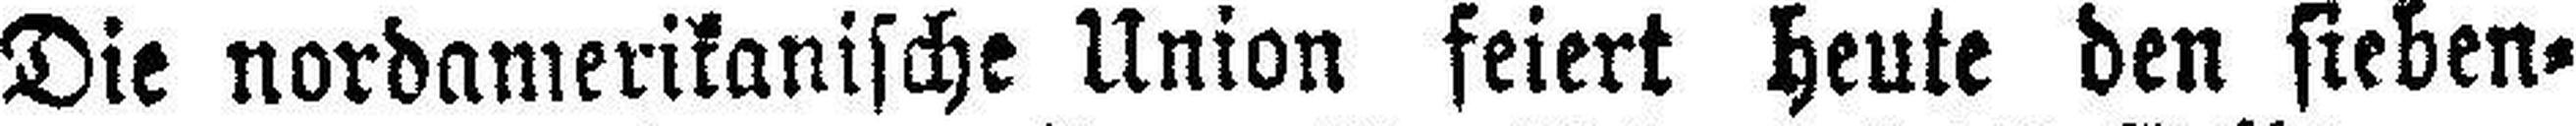
Die nordamerikanische Union feiert heute den sieben¬